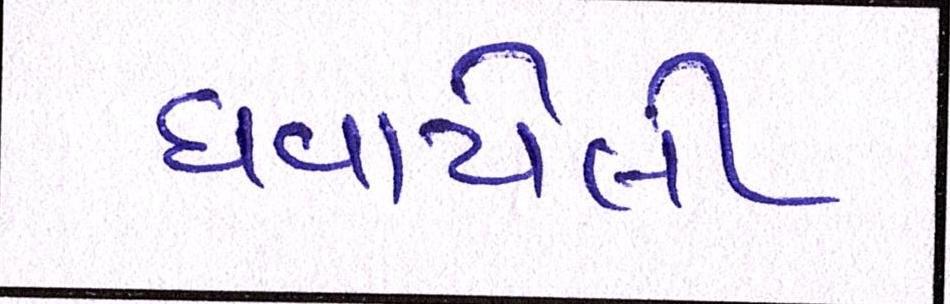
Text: ઘવાયેલી